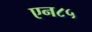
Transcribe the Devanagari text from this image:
एन८५